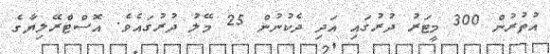
އުތުރުން 300 މީޓަރު ދުރުގައި އަދި ދެކުނުން 25 މޭލު ދުރުގައެވެ. އޮސްޓްރޭލިޔާގެ